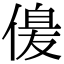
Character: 𠌞